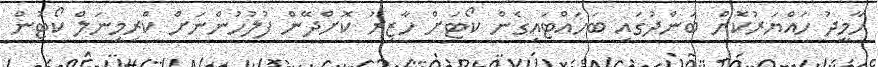
ހާމީދު ހައްޔަރުކޮށް ބަންދުގައި ބަހައްޓައިގެން ކޯޓަށް ހާޒިރު ކޮށްދޭން ފުލުހުންނަށް ކްރިމިނަލް ކޯޓުން